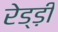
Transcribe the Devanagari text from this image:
रेड्ड़ी